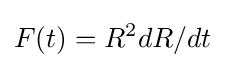
F(t)=R^{2}dR/dt